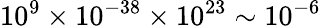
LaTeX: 10^{9}\times 10^{-38}\times 10^{23}\sim 10^{-6}